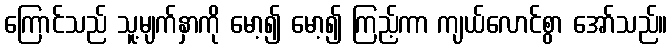
ကြောင်သည် သူ့မျက်နှာကို မော့၍ မော့၍ ကြည့်ကာ ကျယ်လောင်စွာ အော်သည်။